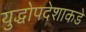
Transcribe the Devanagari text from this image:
युद्धोपदेशाकडे